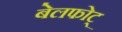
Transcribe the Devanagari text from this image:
बेलफोट्